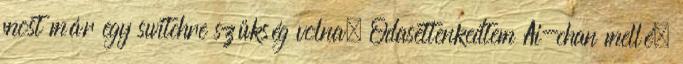
most már egy switchre szükség volna. Odasettenkedtem Ai-chan mellé.